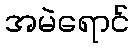
အမဲရောင်